King Institute of Preventive Medicine Bacteriolog. Section reports 1907-08
Year: 1907
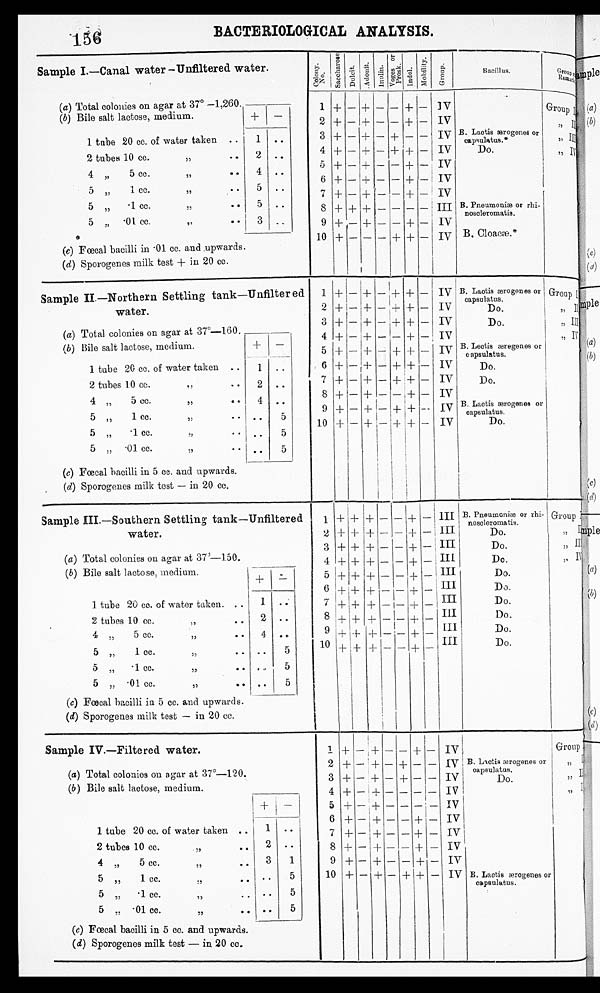
BACTERIOLOGICAL ANALYSIS.
Sample I.—Canal water —Unfiltered water.
(a) Total colonies on agar at 37° —1,260.
(b) Bile salt lactose, medium.
+ -
C o l o n y
n o . sacche rose.
D u l c i t .
A d o n i t .
I u n l i n .
V o g e s
o f
P r o g s k .
I n d o l .
M o b i l i t y .
G r o u p .
Bacillus.
G r o u p
Remark ..
1
2
+ - +
-
-
-
- + -
-+-
I V
IV
Group I , ,
II
..
1 tube 20 cc. of water taken ..
1
3 + - + - + - - iv B. Lactis ærogenes or
c a p s u l a t u s . *
5,
I l l
2 tubes 10 cc.
,,
..
4 „
5 cc.
,,
..
5
„
1 cc.
,,
..
2
4
5
..
• .
..
4
5
6
7
+
+
+
- +
+
- --I-
-+
-
-
-
-
+
-
-
-+-
+ -
+ -
+ - I
I
iv
IV
I V
IV
Do.
,, I V
5 „
• 1 cc.
,,
..
5 „ .01 cc.
,,
(e) Fœcal bacilli in • 01 cc. and upwards.
(d) Sporogenes milk test + in 20 cc.
5
3
..
i..
8
9
10
+
+
+
+ +
- +
- -
_
-
-
-
-
+
- _
+ - '
+ _
I I I
IV
IV
B. Pneumonia) or rhi-
nosoleromatis.
B. Cloacæ.*
Sample II.—Northern Settling tank—Unfiltered .
water.
1
2
+ -
+ I-
+
-I-
- -
- +
+
+
-
-
TV
IV
B. L a c t i s
ærogenes or
c a p s u l a t u s .
Do.
Group I
,, Il
(a) Total colonies on agar at 37°—160.
(b) Bile salt lactose, medium.
+
1 tube 20 cc. of water taken ..
1
_
-
. •
;
3
4
5
6
+
+
-
-
-I-
- +
-
-
-
-
-
+
+
+-
+
-I-
-
-
- i
IV
IV
IV
IV
Do.
B. Lectis æregenes capsulatus. or
Do.
,,III
„IV
2 tubes 1.0 cc.
• •
4 „
5 cc.
• • 1
5 „
1 cc.
,,
• •
5
•1 cc.
,,
2
4
• •
..
..
..
5
•
7
8
9
10
+ -
+ I-
+
+
+
+
- + I -
- +
-
-
-
+
+
-I+
+
+
-I- -
-
TV
IV
iv
IV
I
Do.
B. Lactis ærogenes or
capsulatus.
Do.
5„ •01 cc.
,,
(c) Fœcal bacilli in 5 cc. and upwards.
(d) Sporogenes milk test — in 20 cc.
5
-
Sample III.—Southern Settling tank—Unfiltered
water.
1
'2
+'+ +
+ + +
-
-
i
- 1 +
I I I
I I
I
B. Pneumoniæ or rhi-
noscleromatis.
Do.
Group I
„
I
3 + + , --- -
- + - III
Do.
;,II
(a) Total colonies on agar at 370—150.
(b) Bile salt lactose, medium.
+
-
4
5
6
+
+I+
+
+ +
+
+ +
-
-
_
-
_
_
+
+
+
- I III.
_ III
_ III
Do.
Do.
Do.
, , I V
1_ tube 20 co. of water taken. ..
1 •
•
7 + + + _____ ___ + ___ III
Do.
2 tubes 10 cc.
,,
..
4 „
5 cc.
,,
• •
2
a
8
9
+
++
+ +
+
- 1 -
_ - +
4_
- 111
- III
Do.
Do.
5 „
1 cc.
,,
.. ..
5
10 + + + -
- + - III
Do.
5 „ • 1 cc.
,,
..
.. 5
5 „ • 01 cc.
,,
. •
(c) Fœcal bacilli in 5 cc. and upwards.
(d) Sporogenes milk test — in 20 cc.
.•
5
Sample III.—Filtered water.
1 + - + - - + - IV I
Group
(a) Total colonies on agar at 37°—120.
(b) Bile salt lactose, medium.
2
3
4
+
+
+
- + -
- + -
- ± -
+
+
-
_
-
-
-
I-
IV B. Lactis ærogenes or
c a p s u l a t u s .
IV
Do.
IV I
I I
, , I I
1
5)
1 tube 20 cc. of water taken ..
1
-
• •
5
6
7
+
+
+
+
-
- + -
- + -
- + -
-
-
-
-
+
+
-
-
iv
IV
IV
2 tubes 10 cc.• • 2 ..
8 + - + - - + - IV
4 „
5 cc.
, ,
3
1
9 + - + - - + - IV
5 „
1 cc.
• •
,,
• .
5
10 + - + - + + _
I V B. Lactis ærogenes or
capsulatus.
5
'1 cc... .• • •
5 „ • 01 cc... , ,
(c) Fœcal bacilli in 5 cc. and upwards.
(d) Sporogenes milk test — in 20 cc.
• .
5